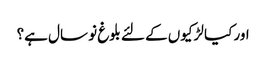
اور کیا لڑکیوں کے لئے بلوغ نو سال ہے؟